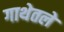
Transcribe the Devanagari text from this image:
गाथेतले